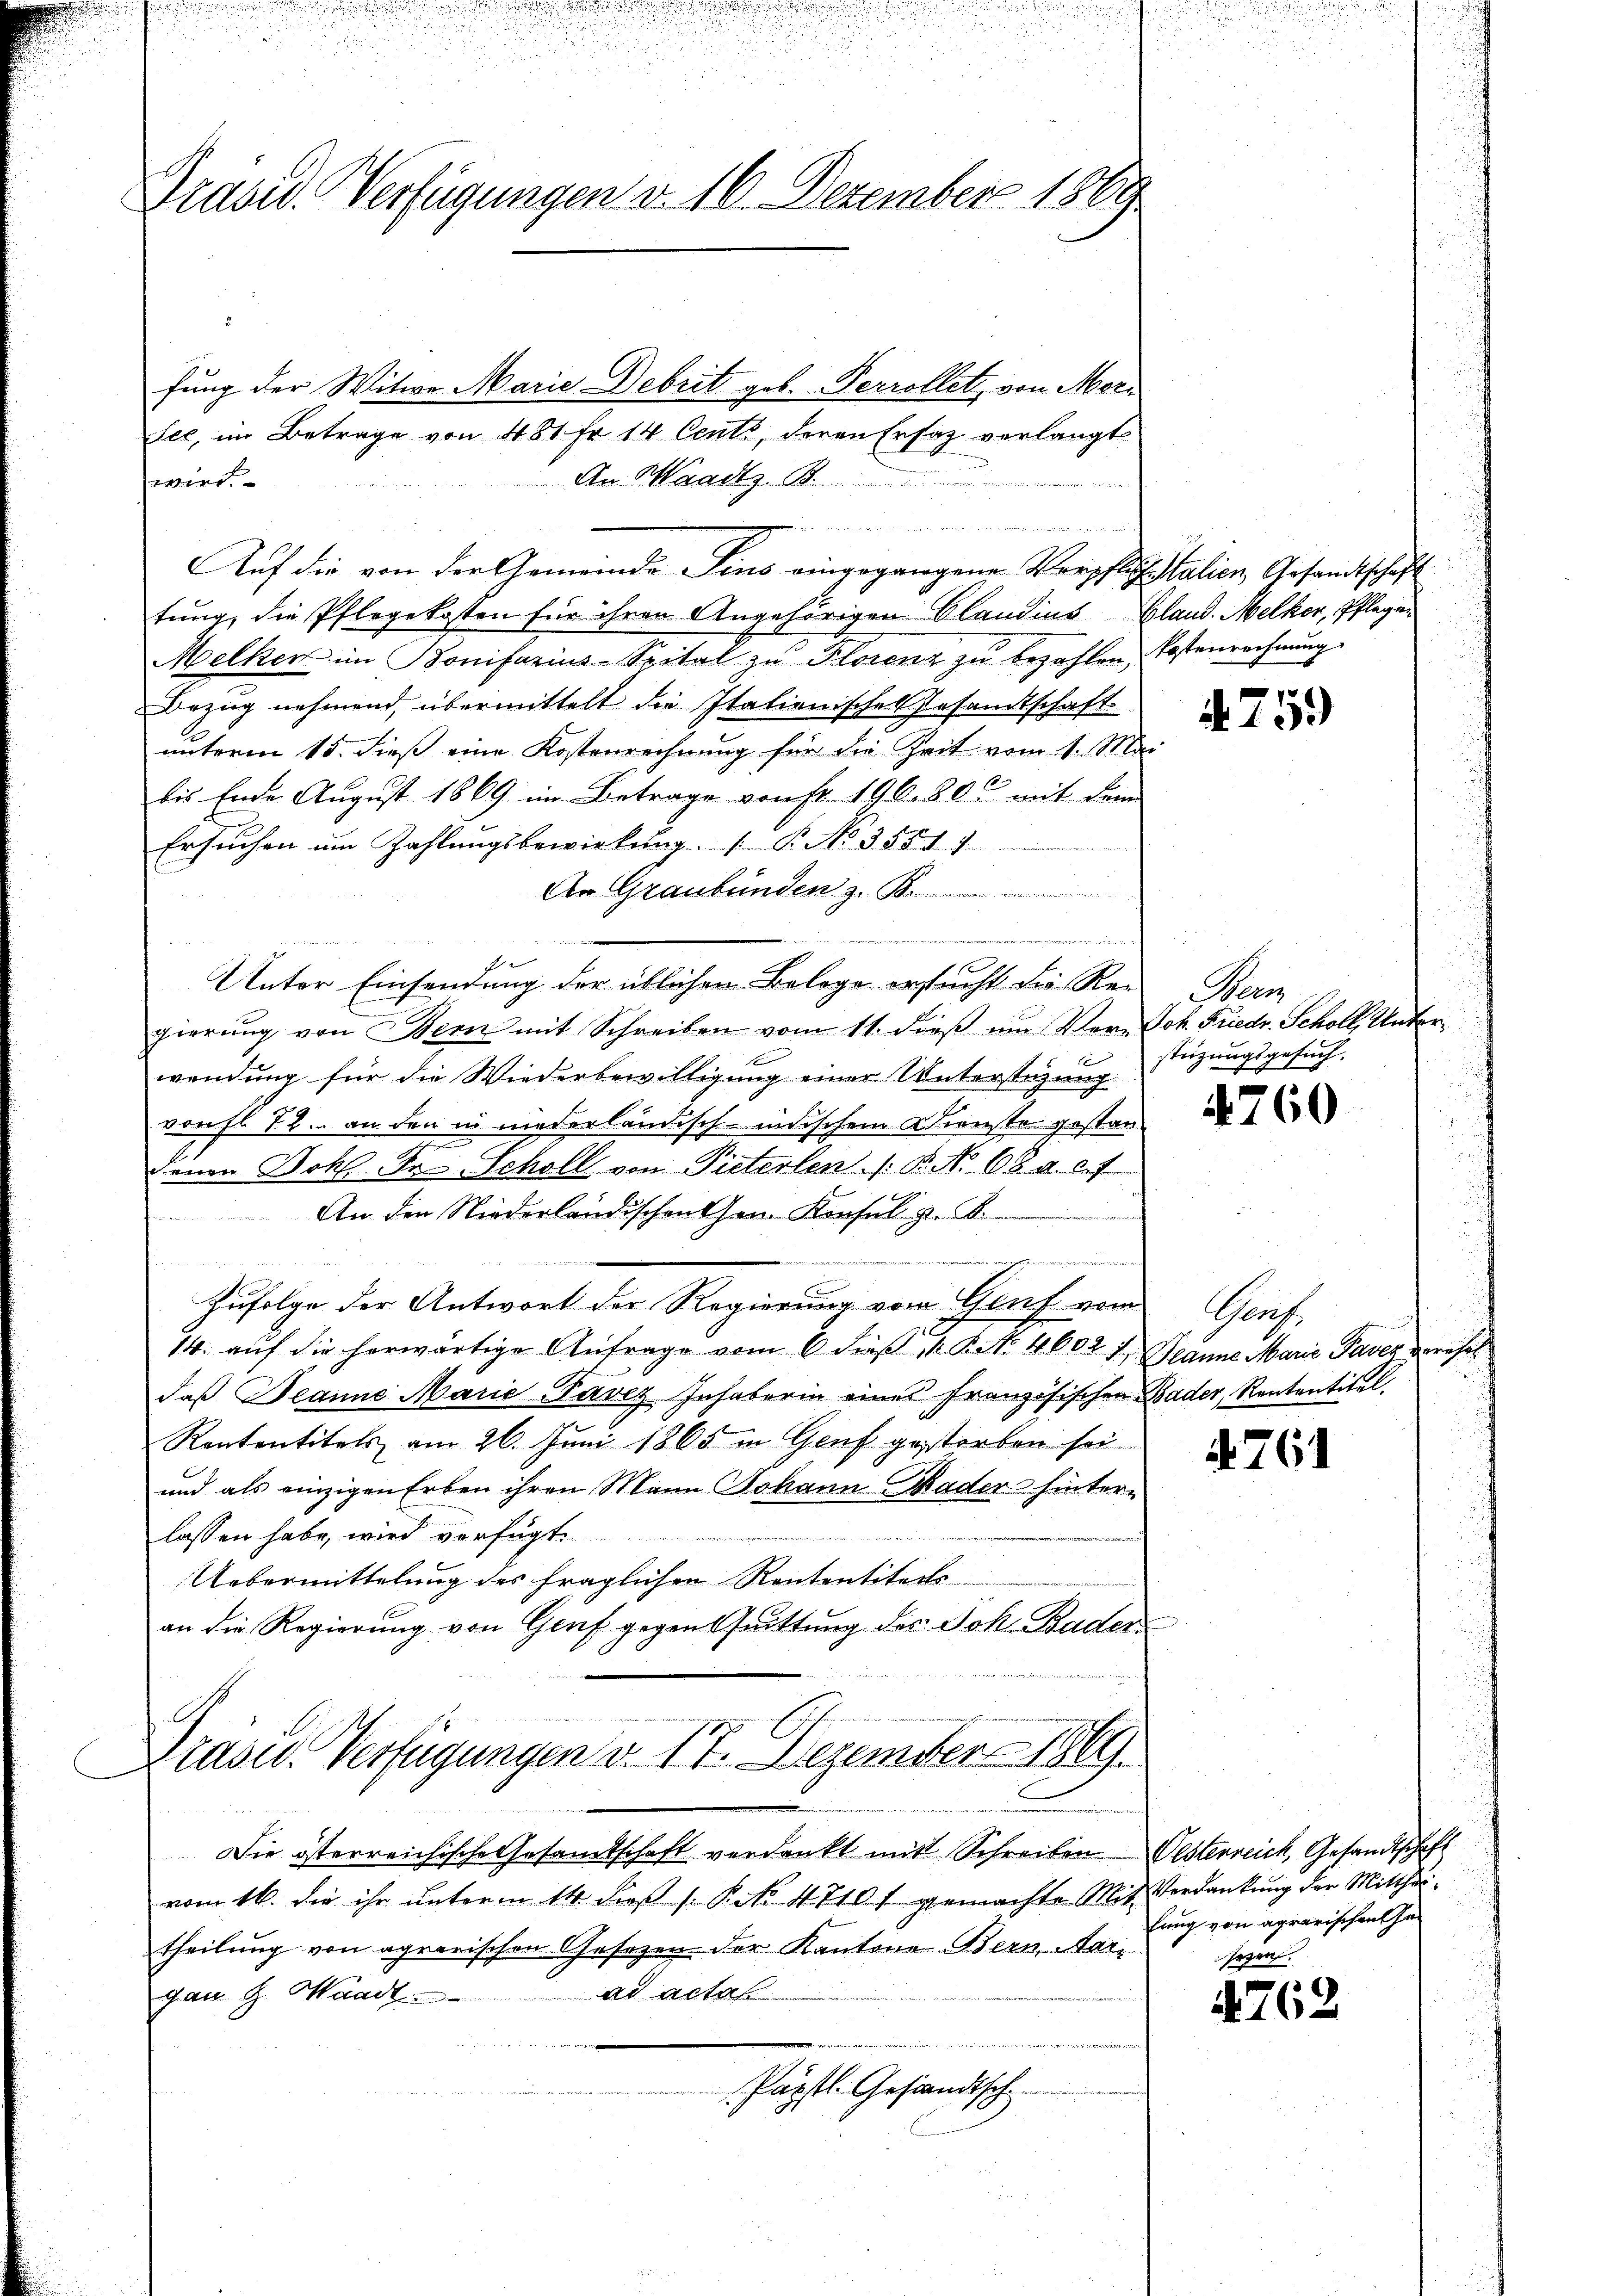
Traser Verfügungen v. 16. Dezember 1869

fung der Witwe Marie Debritt geb. Perrollet, von Mori
See, im Betrage von 481 Fr. 14 Cents, deren Ersatz verlangt
An Waadt z. B.
wird.

Auf die von der Gemeinde Fins eingegangene Vorpflich Italien Gesandtschaft
tung, die Pflegekosten für ihren Angehörigen Claudius Gland. Melker, Pflegen
Melker im Bonifazius-Spital zŭ Florenz zŭ bezahlen, Kostenrechnung
Bezug nehmend, übermittelt die Italienisches Gesandtschaft
unterm 15. dieß eine Kostenrechnung für die Zeit vom 1. Mai
bis Ende August 1869 im Betrage von Fr. 196. 80 mit dem
Ersuchen um Zahlungsbewirkung.  P. No. 3551/
An Graubünden z. B.
e
Unter Einsendung der üblichen Belege ersucht die Re-Bern
gierung von Bern mit Schreiben vom 11. dieß um Vern Joh. Friedr. Scholl Unter¬
1
wendung für die Wiederbewilligung einer Unterstüzung
vorfl. 12. an den in niederländisch-indischem Dienste gestandenen Bohl. Dr. Scholl von Pieterlen (: P. No 68 a. c.f
An der Niederländischen Gen. Konsul z. B.
aen
wachgemeinen
Zufolge der Antwort der Regierung vom Genf vom Genf,
14. auf die herwärtige Anfrage vom 6 dieß 1 Rit. 4602 f. Jeanne Marie Paver verehe
daß Deanne Marie-Pavez Inhaborin eines Französischen Bader, Rententitel
Rententitels am 26. Juni 1865 in Genf gestorben sei.
und als einzigen Erben ihren Mann Johann Bader hinter-
lassen habe, wird verfügt
Uebermittelung des fraglichen Rententiters
an die Regierung von Genf gegen Quittung des Joh. Bader

nin einigung eingen.
Prasid. Verfügungen d. 14. Dezember 1869.
Ersten der

Die österreichische Gesamtschaft verdankt mit Schreiben
vom 16. die ihr unterm 14. dieβ / Pct. 4710f gemachte Mit Verdankŭng der Mittheitheilung von agrarischen Gesezen der Kantone Bern, Aarad actas
gan G. Waadt
Päpstl. Gesandtsch

.

4759

nsuch.
stüzungs-

4760

761

Oesterreich Gesandtschaft
lung von agrarischen Ge
sezen.

1762